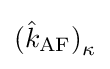
{({\hat {k}}_{\mathrm {AF} })}_{\kappa }